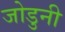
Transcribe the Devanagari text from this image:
जोडुनी